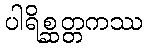
ပါရိစ္ဆတ္တကဿ